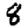
Digit: 8